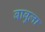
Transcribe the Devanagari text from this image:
बाबुला